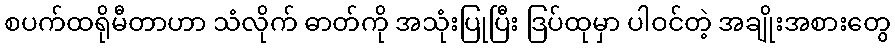
စပက်ထရိုမီတာဟာ သံလိုက် ဓာတ်ကို အသုံးပြုပြီး ဒြပ်ထုမှာ ပါဝင်တဲ့ အချိုးအစားတွေ